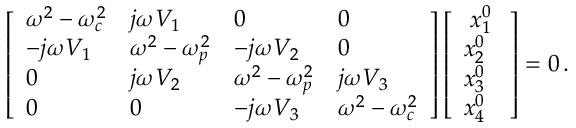
\left[ \begin{array} { l l l l } { { \omega } ^ { 2 } - { \omega } _ { c } ^ { 2 } } & { j { \omega } V _ { 1 } } & { 0 } & { 0 } \\ { - j { \omega } V _ { 1 } } & { { \omega } ^ { 2 } - { \omega } _ { p } ^ { 2 } } & { - j { \omega } V _ { 2 } } & { 0 } \\ { 0 } & { j { \omega } V _ { 2 } } & { { \omega } ^ { 2 } - { \omega } _ { p } ^ { 2 } } & { j { \omega } V _ { 3 } } \\ { 0 } & { 0 } & { - j { \omega } V _ { 3 } } & { { \omega } ^ { 2 } - { \omega } _ { c } ^ { 2 } } \end{array} \right] \left[ \begin{array} { l } { \; x _ { 1 } ^ { 0 } \; } \\ { x _ { 2 } ^ { 0 } } \\ { x _ { 3 } ^ { 0 } } \\ { x _ { 4 } ^ { 0 } } \end{array} \right] = 0 \, .